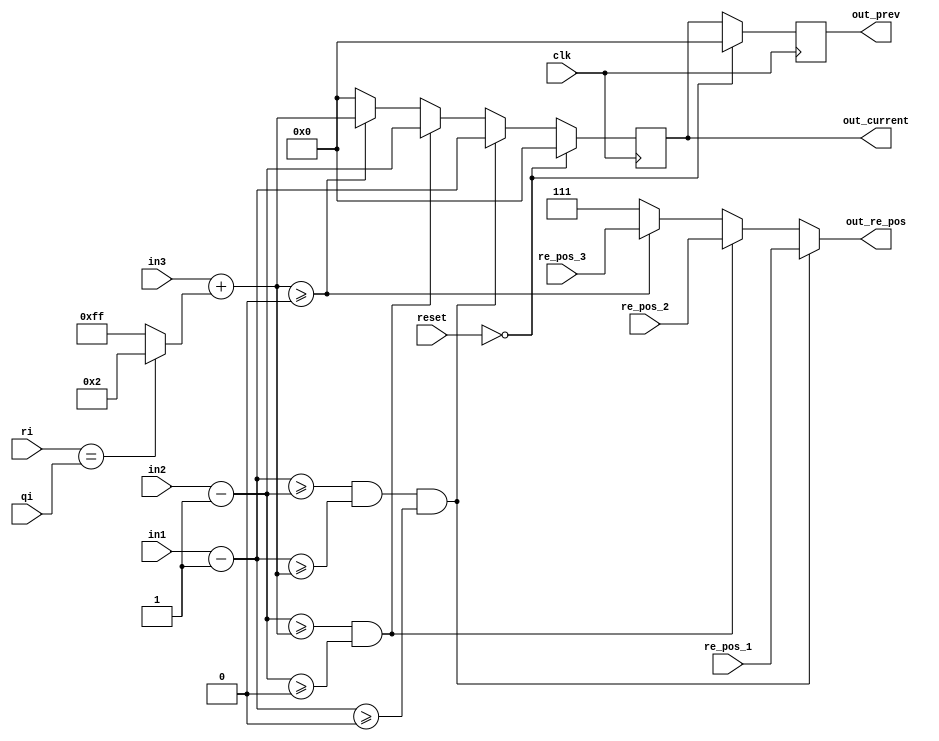
/*                          -*- Mode: Verilog -*-

 * Description : Single PE unit of the accelerator. 
 * Purpose : Given the inputs to the PE, computes the maximum of those after inc./dec. 
             the inputs based on a match/mis-match or  a gap. Also stores the relative
             positions from which the maximum value is coming to be used in backtrace. 
             Current value of the PE output & a cycle delayed value are needed for the 
             inter-PE data dependency when operation in a systolic design. 
           
 */

module pe_unit(
    input [7:0] in1,                // in-1 being fed from top. 
    input [7:0] in2,                // in-2 being fed from left. 
    input [7:0] in3,                // in-3 being fed from diagonal direction.
    input [2:0] ri,                 // Base-pair of R sub-sequence given as input to PE. 
    input [2:0] qi,                 // Base-pair of Q sub-sequence given as input to PE.  
    input [2:0] re_pos_1,           // 1 or 5 relative positions corresponding to in-1.
    input [2:0] re_pos_2,           // 2 or 6 relative positions corresponding to in-2.
    input [2:0] re_pos_3,           // 3 or 4 relative positions corresponding to in-3. 
    input clk,                      // clk signal.
    input [1:0] reset,              // reset signal. 
    output reg [7:0] out_current,   // Current clocked output. 
    output reg [7:0] out_prev,      // Output from the previous cycle. 
    output reg [2:0] out_re_pos     // Output relative position coming from max value.
);

    wire [7:0] a;          // Corresponds to gap decremented value of in1.
    wire [7:0] b;          // Corresponds to gap decremented value of in2. 
    wire [7:0] c;          // Corresponds to match/mismatch inc./dec. value of in3.
    reg [7:0] max;         // Holds the maximum element at each stage. 

    // Assigning previous values to corresponding inc./dec. versions.

    assign a = in1 - 1;      
    assign b = in2 - 1; 
    assign c = in3 + (ri == qi ? 2 : -1);        // Inc. or dec. is decided based on the values of ri and qi. 

    // Checking the maximum value as well as the index corresponding to maximum combinationally. 

    always @ (*) begin  
        if($signed(a) >= $signed(b) && $signed(a) >= $signed(c) && $signed(a) >= 0) begin 
            max = a;
            out_re_pos = re_pos_1; 
        end 
        else if($signed(b) >= $signed(c) && $signed(b) >= 0) begin 
            max = b; 
            out_re_pos = re_pos_2; 
        end  
        else if($signed(c) >= 0) begin 
            max = c; 
            out_re_pos = re_pos_3; 
        end 
        else begin 
            max = 0;
            out_re_pos = 3'b111;           // 7 corresponds to a null-pointer. 
        end 
    end 

    // Assigning the maximum value to the ouput at clock-edge and updating the prev. value accordingly. 

    always @ (posedge clk) begin
        if(reset == 0) begin
            out_current <= 0;
            out_prev <= 0;
        end 
        else begin 
            out_prev <= out_current; 
            out_current <= max; 
        end 
    end 

    endmodule        // pe_unit